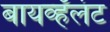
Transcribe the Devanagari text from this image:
बायव्हॅलंट